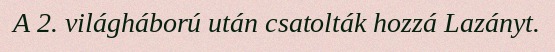
A 2. világháború után csatolták hozzá Lazányt.